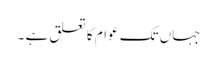
جہاں تک عوام کا تعلق ہے ۔